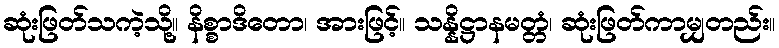
ဆုံးဖြတ်သကဲ့သို့။ နိစ္စာဒိတော၊ အားဖြင့်။ သန္နိဋ္ဌာနမတ္တံ၊ ဆုံးဖြတ်ကာမျှတည်း။